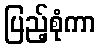
ပြည့်စုံကာ